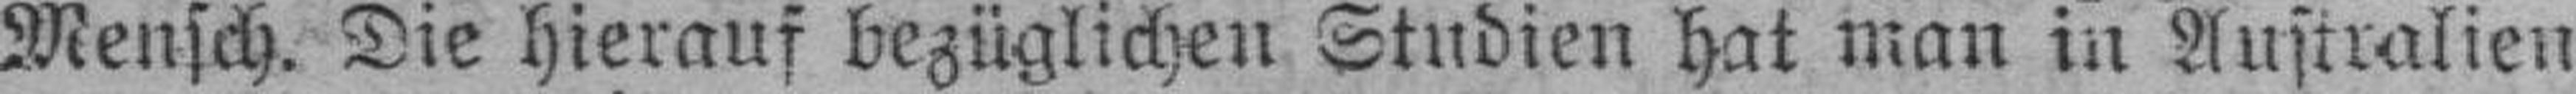
Mensch. Die hierauf bezüglichen Studien hat man in Australien